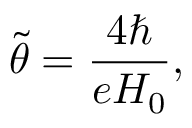
{ \tilde { \theta } } = \frac { 4 \hbar } { e H _ { 0 } } ,